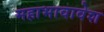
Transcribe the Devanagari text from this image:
महाभावावेश